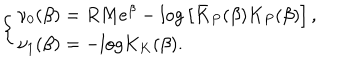
\left\{ \begin{array} { l } { { \nu _ { 0 } ( \beta ) = R M e ^ { \beta } - l o g \left[ \bar { K } _ { P } ( \beta ) K _ { P } ( \beta ) \right] , } } \\ { { \nu _ { 1 } ( \beta ) = - l o g K _ { K } ( \beta ) . } } \\ \end{array} \right.